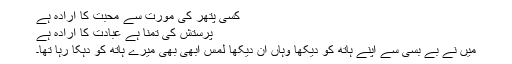
کسی پتھر کی مورت سے محبت کا ارادہ ہے
پرستش کی تمنا ہے عبادت کا ارادہ ہے
میں نے بے بسی سے اپنے ہاتھ کو دیکھا وہاں ان دیکھا لمس ابھی بھی میرے ہاتھ کو دہکا رہا تھا۔